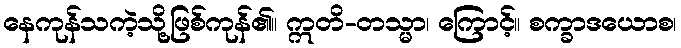
နေကုန်သကဲ့သို့ဖြစ်ကုန်၏။ ဣတိ-တသ္မာ၊ ကြောင့်။ စက္ခာဒယောစ၊